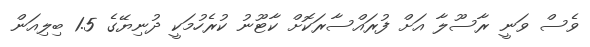
ވެސް ވަނީ ރާސޫލާ އަށް ފުރައްސާރަކޮށް ކާޓޫނު ކުރެހުމަކީ ދުނިޔޭގެ 1.5 ބިލިއަން